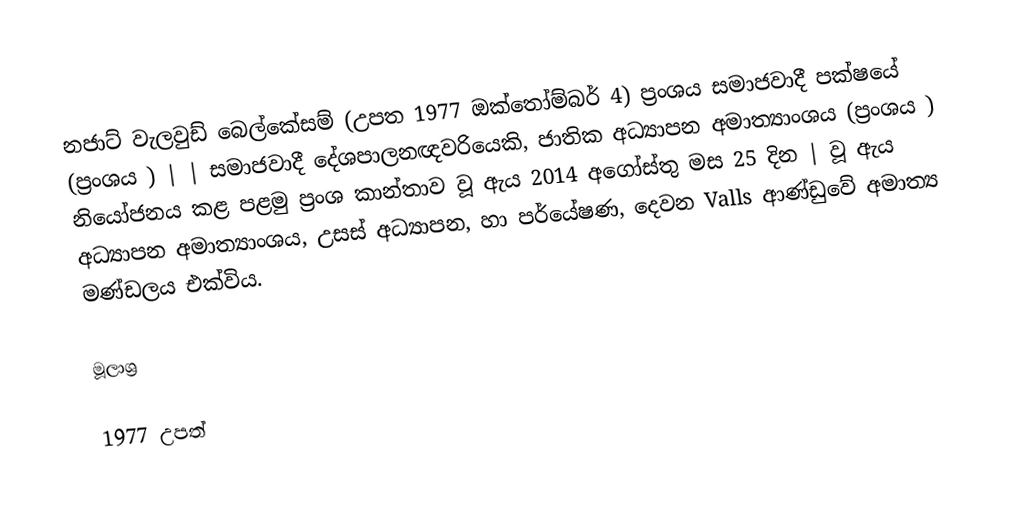
නජාට්‌ වැලවුඩ් බෙල්කේසම් (උපත 1977 ඔක්තෝම්බර් 4) ප්‍රංශය සමාජවාදී පක්ෂයේ (ප්‍රංශය ) | | සමාජවාදී දේශපාලනඥවරියෙකි, ජාතික අධ්‍යාපන අමාත්‍යාංශය (ප්‍රංශය ) නියෝජනය කළ පළමු ප්‍රංශ කාන්තාව වූ ඇය 2014 අගෝස්තු මස 25 දින  | වූ ඇය අධ්‍යාපන අමාත්‍යාංශය, උසස් අධ්‍යාපන, හා පර්යේෂණ, දෙවන Valls ආණ්ඩුවේ අමාත්‍ය මණ්ඩලය එක්විය.

මූලාශ්‍ර

1977 උපත්